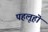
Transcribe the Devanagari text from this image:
पहलूहॊं